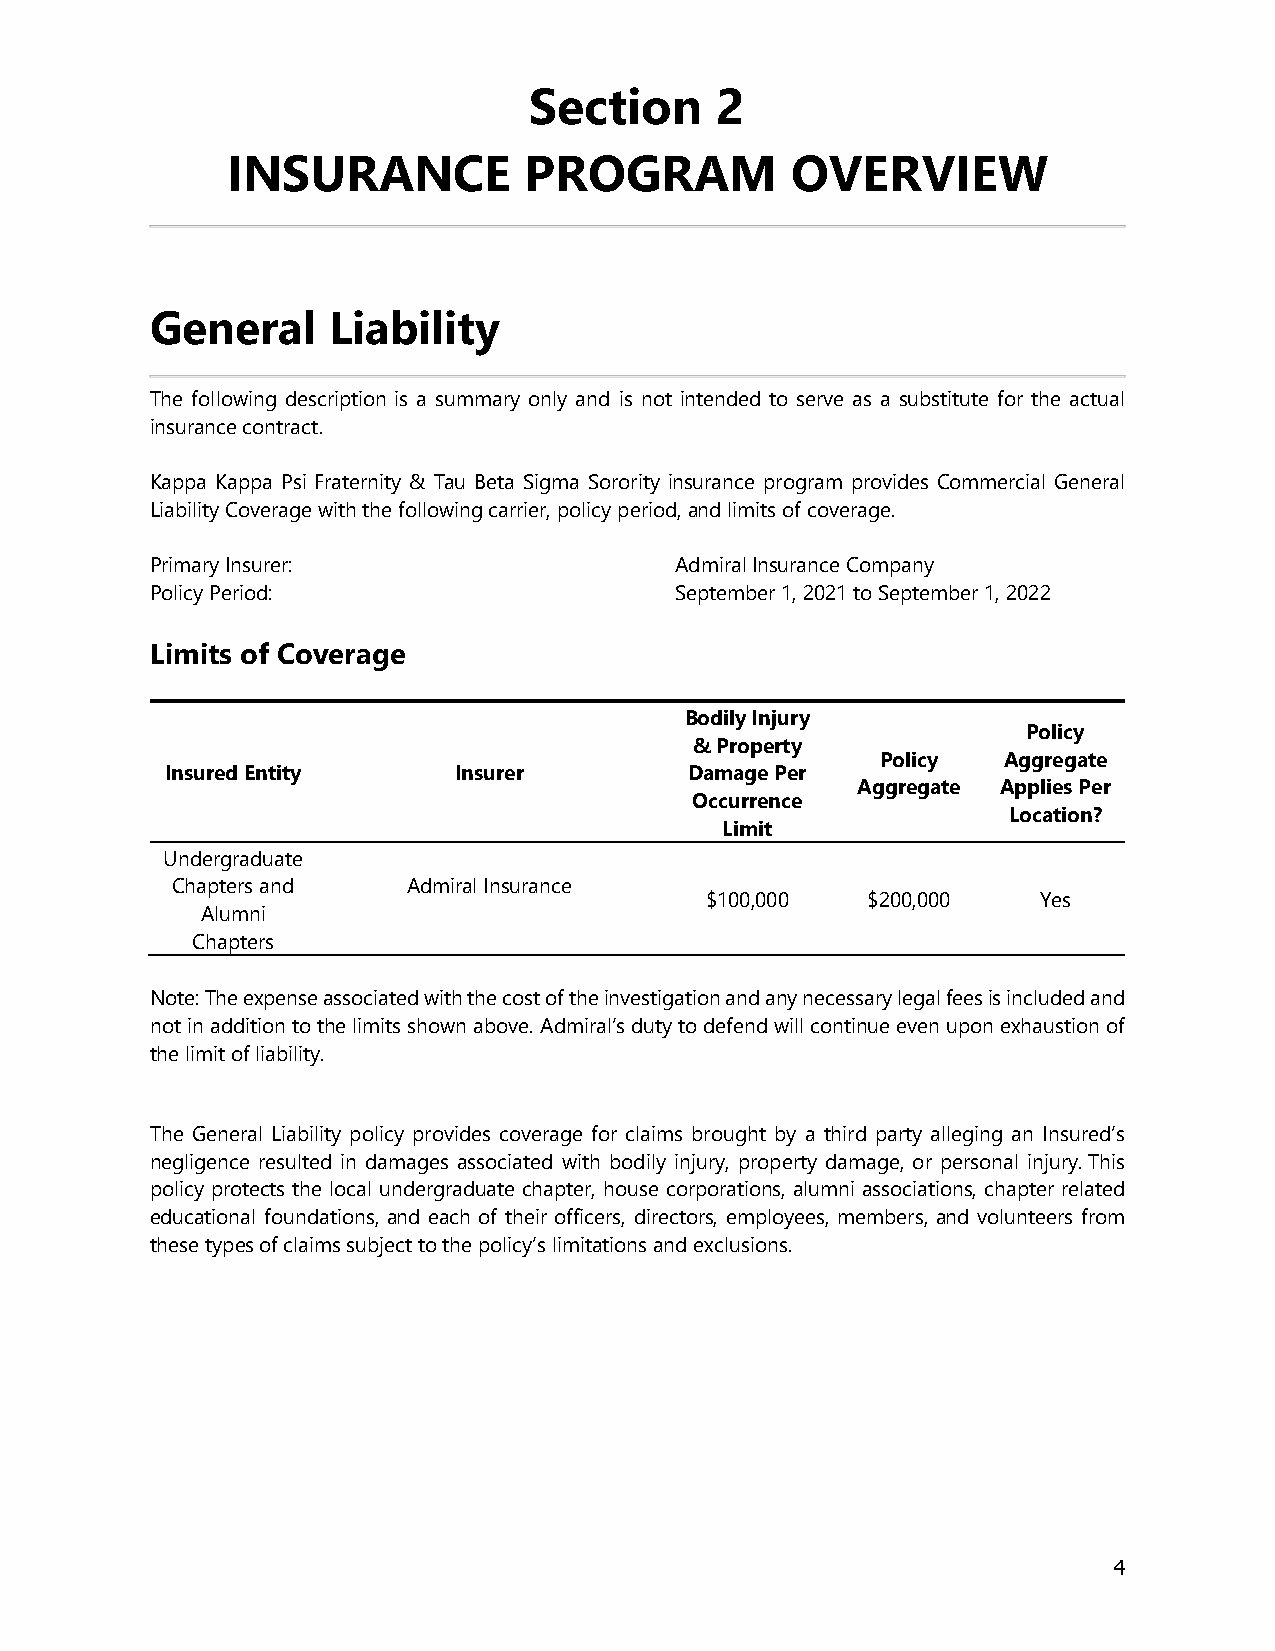
Section     2
 INSURANCE           PROGRAM          OVERVIEW
 General     Liability
 The following description is a summary only and is not intended to serve as a substitute for the actual
 insurance contract.
 Kappa Kappa Psi Fraternity & Tau Beta Sigma Sorority insurance program provides Commercial General
 Liability Coverage with the following carrier, policy period, and limits of coverage.
 Primary Insurer:                   Admiral Insurance Company
 Policy Period:                     September 1, 2021 to September 1, 2022
 Limits of Coverage
 Bodily Injury
 Policy
 & Property
 Policy  Aggregate
 Insured Entity     Insurer         Damage Per
 Aggregate Applies Per
 Occurrence
 Location?
 Limit
 Undergraduate
 Chapters and    Admiral Insurance
 $100,000  $200,000    Yes
 Alumni
 Chapters
 Note: The expense associated with the cost of the investigation and any necessary legal fees is included and
 not in addition to the limits shown above. Admiral’s duty to defend will continue even upon exhaustion of
 the limit of liability.
 The General Liability policy provides coverage for claims brought by a third party alleging an Insured’s
 negligence resulted in damages associated with bodily injury, property damage, or personal injury. This
 policy protects the local undergraduate chapter, house corporations, alumni associations, chapter related
 educational foundations, and each of their officers, directors, employees, members, and volunteers from
 these types of claims subject to the policy’s limitations and exclusions.
 4